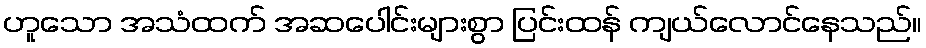
ဟူသော အသံထက် အဆပေါင်းများစွာ ပြင်းထန် ကျယ်လောင်နေသည်။